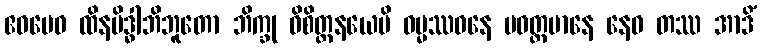
ဧဝမေဝ ထိနမိဒ္ဓါဘိဘူတော ဘိက္ခု ဝိစိတ္တနယေပိ ဓမ္မဿဝနေ ပဝတ္တမာနေ နေဝ တဿ အာဒိံ